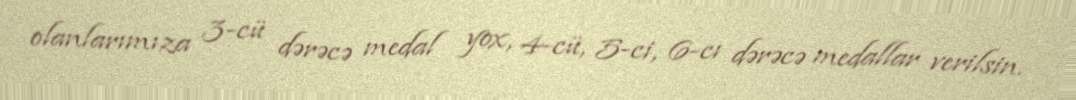
olanlarımıza 3-cü dərəcə medal yox, 4-cü, 5-ci, 6-cı dərəcə medallar verilsin.